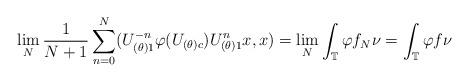
LaTeX: \begin{align*}\lim_N\frac{1}{N+1}\sum_{n=0}^N (U_{(\theta)1}^{-n}\varphi(U_{(\theta)c})U_{(\theta)1}^nx,x) = \lim_N\int_{\mathbb T}\varphi f_N\nu=\int_{\mathbb T}\varphi f\nu \end{align*}